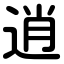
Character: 逍